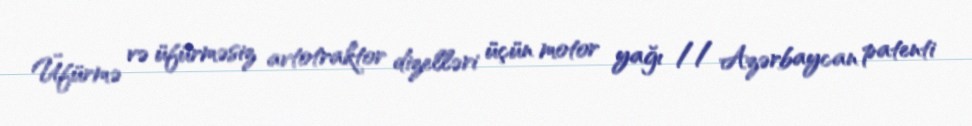
Üfürmə və üfürməsiz avtotraktor dizelləri üçün motor yağı // Azərbaycan patenti